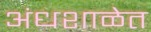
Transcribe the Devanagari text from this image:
अंधशाळेत